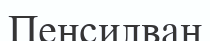
Пенсилван